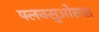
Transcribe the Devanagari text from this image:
फ्लक्सुओसस